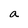
Character: a